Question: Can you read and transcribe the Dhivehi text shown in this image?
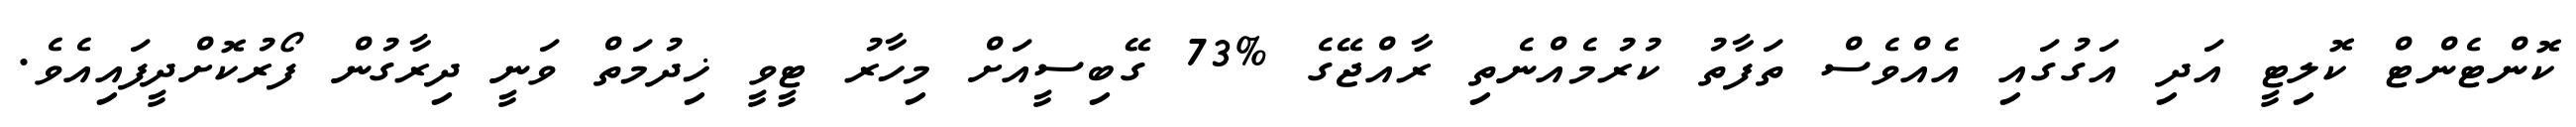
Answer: ކޮންޓެންޓް ކޮލިޓީ އަދި އަގުގައި އެއްވެސް ތަފާތު ކުރުމެއްނެތި ރާއްޖޭގެ %73 ގޭބިސީއަށް މިހާރު ޓީވީ ޚިދުމަތް ވަނީ ދިރާގުން ފޯރުކޮށްދީފައިއެވެ.